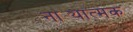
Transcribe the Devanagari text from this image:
नाट्यात्मक